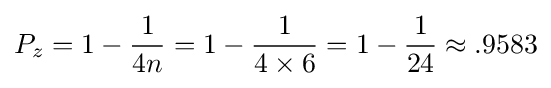
P_{z}=1-{\frac {1}{4n}}=1-{\frac {1}{4\times 6}}=1-{\frac {1}{24}}\approx .9583